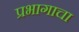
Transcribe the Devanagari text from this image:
प्रभागाचा